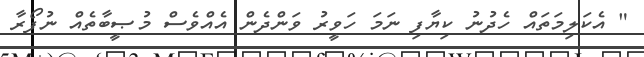
" އެކަލިމަތައް ހެދުނު ކިޔާފި ނަމަ ހަވީރު ވަންދެން އެއްވެސް މުޞީބާތެއް ނުފޯރާ